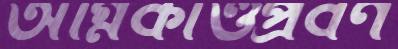
অগ্নিকাণ্ডপ্রবণ